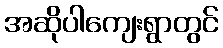
အဆိုပါကျေးရွာတွင်